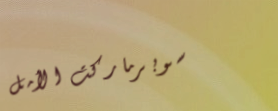
سوبرماركت الأمل